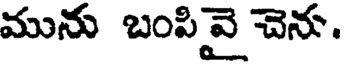
మును బంపివై చెను.